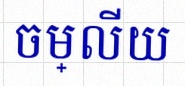
ចម្លើយ